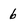
Character: 6